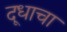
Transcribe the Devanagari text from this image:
दूधाचा